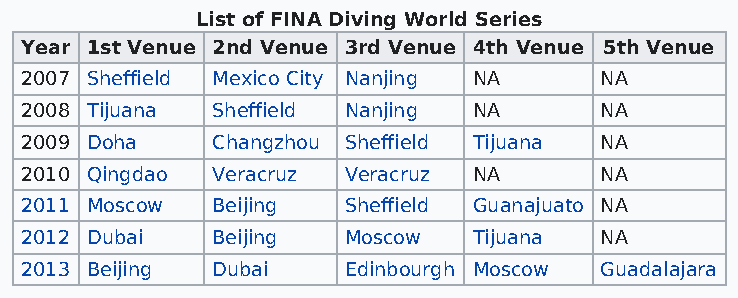
List of FINA Diving World Series
 Year 1st Venue 2nd Venue 3rd Venue 4th Venue 5th Venue
 2007 Sheffield Mexico City Nanjing NA  NA
 2008 Tijuana Sheffield Nanjing NA      NA
 2009 Doha    Changzhou Sheffield Tijuana NA
 2010 Qingdao Veracruz Veracruz NA      NA
 2011 Moscow  Beijing  Sheffield Guanajuato NA
 2012 Dubai   Beijing  Moscow  Tijuana  NA
 2013 Beijing Dubai    Edinbourgh Moscow Guadalajara